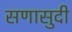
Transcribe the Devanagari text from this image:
सणासुदी